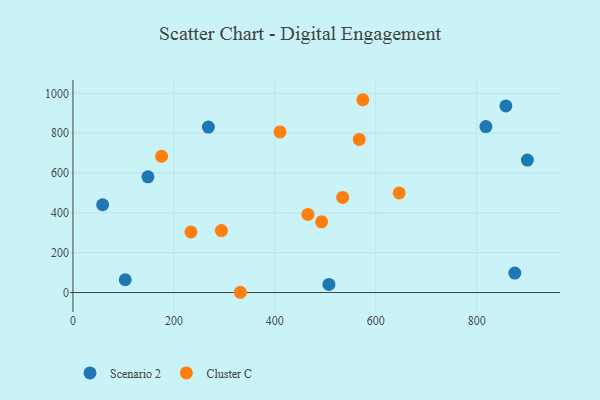
{"axis": {"x": "Speed", "y": "Profit"}, "legend": ["Cluster C", "Scenario 2"], "data": [{"x": "148.6", "y": 580.8, "type": "Scenario 2"}, {"x": "58.8", "y": 440.7, "type": "Scenario 2"}, {"x": "507.2", "y": 40.6, "type": "Scenario 2"}, {"x": "818.2", "y": 833.2, "type": "Scenario 2"}, {"x": "268.3", "y": 830.7, "type": "Scenario 2"}, {"x": "857.8", "y": 936.6, "type": "Scenario 2"}, {"x": "900.4", "y": 664.7, "type": "Scenario 2"}, {"x": "875.5", "y": 97.5, "type": "Scenario 2"}, {"x": "103.6", "y": 64.2, "type": "Scenario 2"}, {"x": "567.2", "y": 768.7, "type": "Cluster C"}, {"x": "574.4", "y": 967.9, "type": "Cluster C"}, {"x": "534.5", "y": 477.2, "type": "Cluster C"}, {"x": "233.8", "y": 304.3, "type": "Cluster C"}, {"x": "410.3", "y": 806.3, "type": "Cluster C"}, {"x": "331.7", "y": 1.3, "type": "Cluster C"}, {"x": "492.7", "y": 355.2, "type": "Cluster C"}, {"x": "646.4", "y": 500.1, "type": "Cluster C"}, {"x": "294.2", "y": 311.2, "type": "Cluster C"}, {"x": "465.6", "y": 392.1, "type": "Cluster C"}, {"x": "175.6", "y": 684.1, "type": "Cluster C"}]}